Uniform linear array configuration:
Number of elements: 64
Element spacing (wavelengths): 0.75
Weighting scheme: uniform
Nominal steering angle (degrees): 30
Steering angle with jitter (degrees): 31.566
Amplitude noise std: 0.05
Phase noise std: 0.05

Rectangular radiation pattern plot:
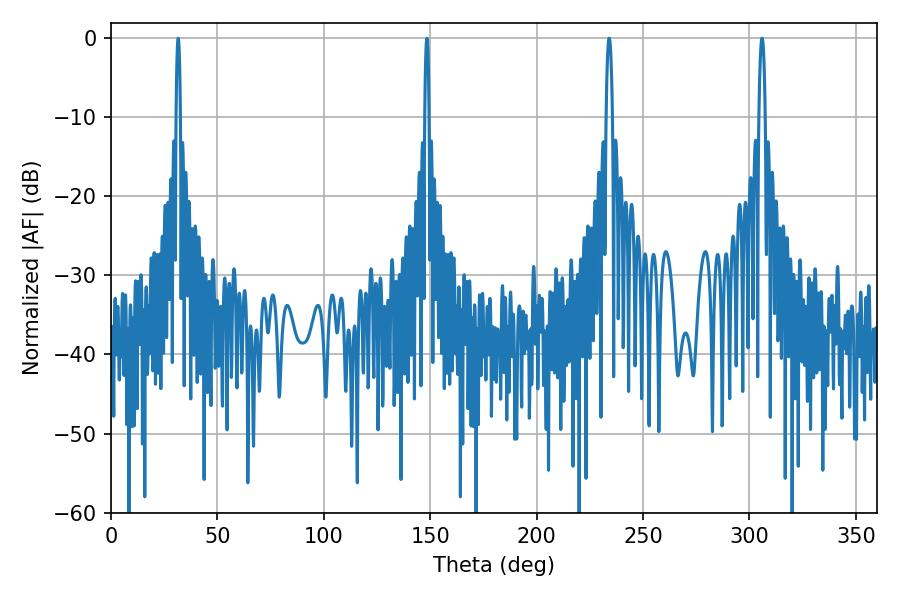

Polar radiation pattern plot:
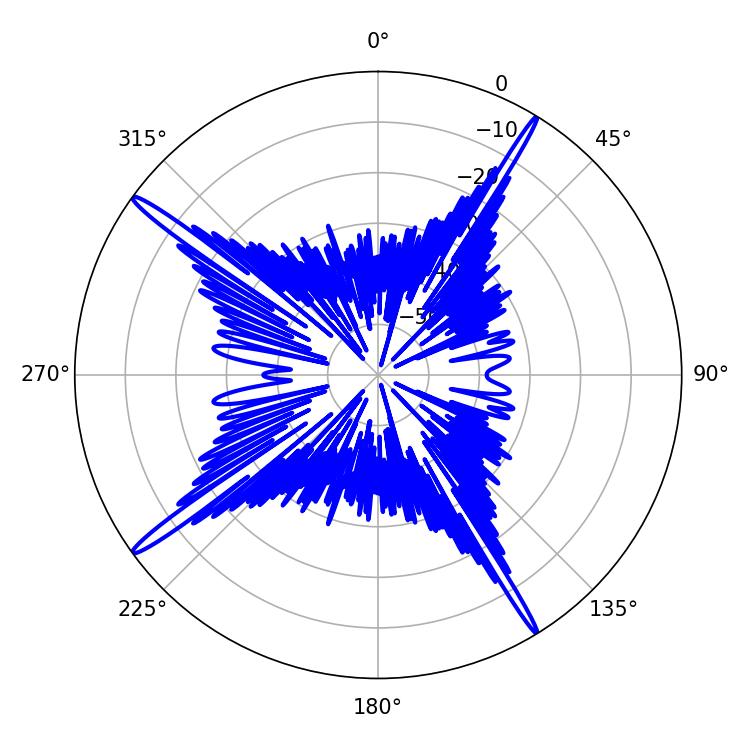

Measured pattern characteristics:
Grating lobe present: TRUE
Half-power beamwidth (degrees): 1.62
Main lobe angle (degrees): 306